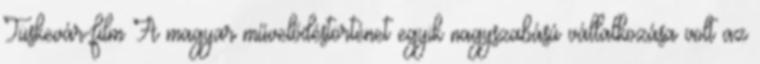
Tüskevár-film A magyar művelődéstörténet egyik nagyszabású vállalkozása volt az